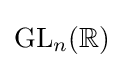
\mathrm {GL} _{n}(\mathbb {R} )